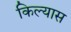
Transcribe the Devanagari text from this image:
किल्यास